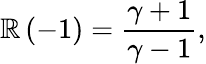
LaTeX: \mathbb{R}\left(-1\right)=\frac{{\gamma+1}}{{\gamma-1}},